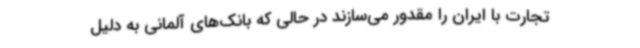
تجارت با ایران را مقدور می‌سازند در حالی که بانک‌های آلمانی به دلیل